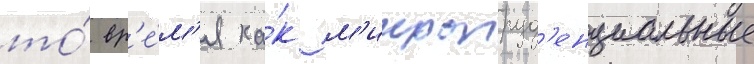
то́ вр'е́м'я ка́к м'икропруд'енциальные